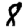
Digit: 8